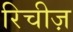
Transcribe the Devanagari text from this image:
रिचीज़